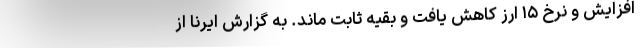
افزایش و نرخ ۱۵ ارز کاهش یافت و بقیه ثابت ماند. به گزارش ایرنا از